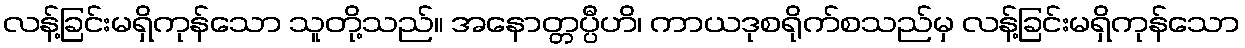
လန့်ခြင်းမရှိကုန်သော သူတို့သည်။ အနောတ္တပ္ပီဟိ၊ ကာယဒုစရိုက်စသည်မှ လန့်ခြင်းမရှိကုန်သော